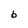
Character: b